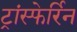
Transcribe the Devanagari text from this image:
ट्रांस्फेर्रिन